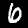
Digit: 6